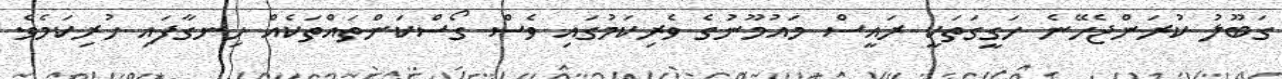
ގަބޫލު ކުރަންޖެހޭނެ ހަގީގަތަކީ ރައީސް މައުމޫނުގެ ވެރިކަމުގައި ވެސް ގޯސްކަންތައްތަކެއް ހިނގާފައި ހުރިކަމެވެ.